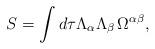
LaTeX: \begin{align*}S= \int d \tau \Lambda_\alpha \Lambda_\beta\, \Omega^{\alpha\beta},\end{align*}